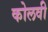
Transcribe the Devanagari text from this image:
कोलवी